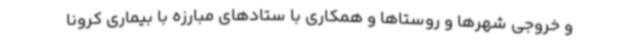
و خروجی شهرها و روستاها و همکاری با ستادهای مبارزه با بیماری کرونا